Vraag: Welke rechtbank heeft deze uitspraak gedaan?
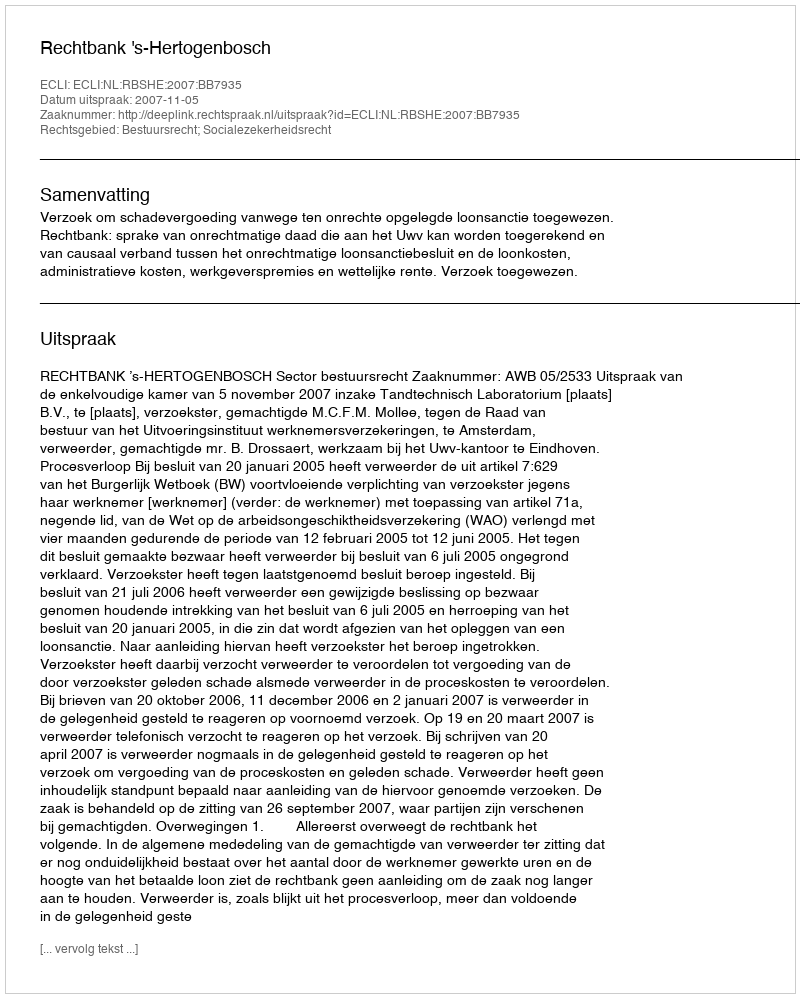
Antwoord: Rechtbank 's-Hertogenbosch